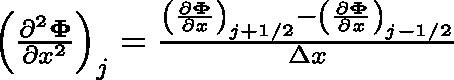
\begin{array} { r } { \left( \frac { \partial ^ { 2 } \mathbf { \Phi } } { \partial x ^ { 2 } } \right) _ { j } = \frac { \left( \frac { \partial \mathbf { \Phi } } { \partial x } \right) _ { j + 1 / 2 } - \left( \frac { \partial \mathbf { \Phi } } { \partial x } \right) _ { j - 1 / 2 } } { \Delta x } } \end{array}